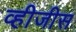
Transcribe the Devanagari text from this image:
व्हीजीस